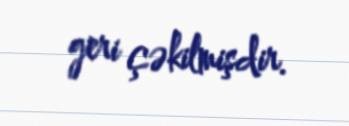
geri çəkilmişdir.